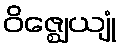
ဝိဇ္ဈေယျုံ